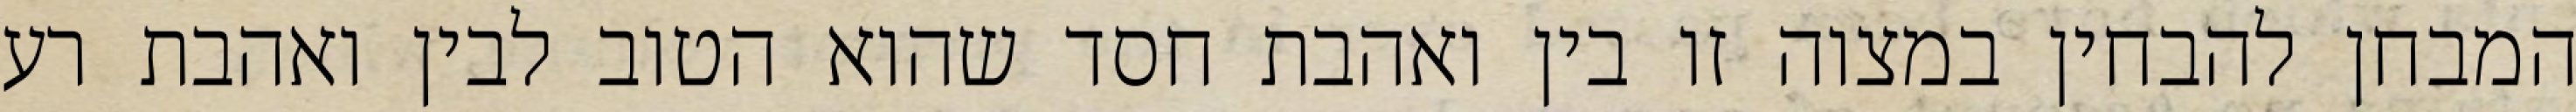
המבחן להבחין במצוה זו בין ואהבת חסד שהוא הטוב לבין ואהבת רע